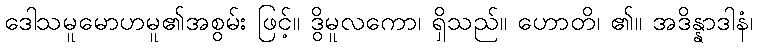
ဒေါသမူမောဟမူ၏အစွမ်း ဖြင့်။ ဒွိမူလကော၊ ရှိသည်။ ဟောတိ၊ ၏။ အဒိန္နာဒါနံ၊